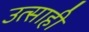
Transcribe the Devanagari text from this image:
उत्‍साही